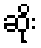
ဆိုး